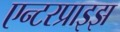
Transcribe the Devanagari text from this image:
एन्टरप्राइझ